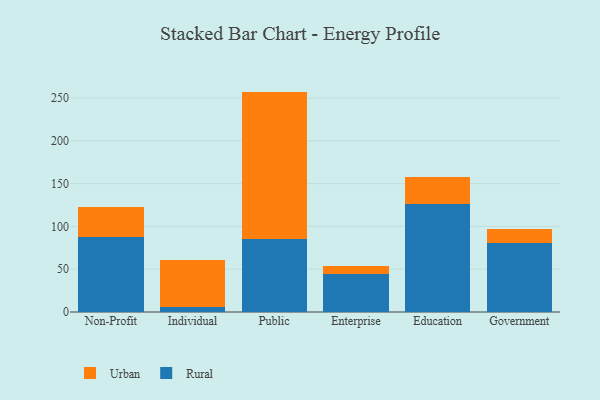
{"axis": {"x": "Segment", "y": "Backlog"}, "legend": ["Rural", "Urban"], "data": [{"x": "Non-Profit", "y": 87.2, "type": "Rural"}, {"x": "Non-Profit", "y": 35.0, "type": "Urban"}, {"x": "Individual", "y": 5.7, "type": "Rural"}, {"x": "Individual", "y": 55.5, "type": "Urban"}, {"x": "Public", "y": 85.2, "type": "Rural"}, {"x": "Public", "y": 172.3, "type": "Urban"}, {"x": "Enterprise", "y": 44.7, "type": "Rural"}, {"x": "Enterprise", "y": 9.3, "type": "Urban"}, {"x": "Education", "y": 126.2, "type": "Rural"}, {"x": "Education", "y": 31.9, "type": "Urban"}, {"x": "Government", "y": 80.3, "type": "Rural"}, {"x": "Government", "y": 16.9, "type": "Urban"}]}